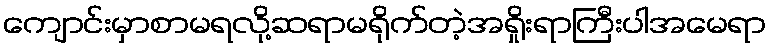
ကျောင်းမှာစာမရလို့ဆရာမရိုက်တဲ့အရှိုးရာကြီးပါအမေရာ